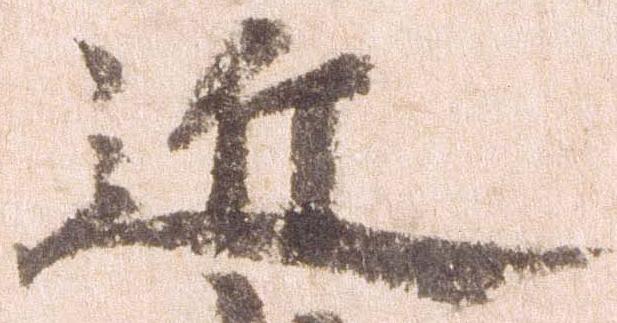
近